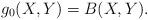
LaTeX: \begin{align*} g_0 (X, Y) = B (X, Y).\end{align*}